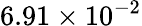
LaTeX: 6.91\times 10^{-2}